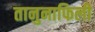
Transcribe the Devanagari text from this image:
तानुनाफिली